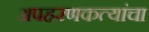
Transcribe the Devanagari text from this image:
अपहरणकत्यांचा